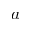
a